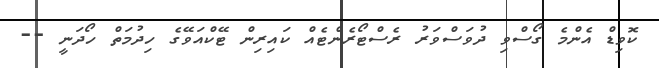
ކޮވިޑް އެންމެ ގޯސްވި ދުވަސްވަރު ރެސްޓޯރެންޓެއް ކައިރިން ޓޭކްއަވޭގެ ހިދުމަތް ހޯދަނީ --